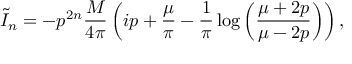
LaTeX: \tilde { I } _ { n } = - p ^ { 2 n } \frac { M } { 4 \pi } \left( i p + \frac { \mu } { \pi } - \frac { 1 } { \pi } \log \left( \frac { \mu + 2 p } { \mu - 2 p } \right) \right) ,